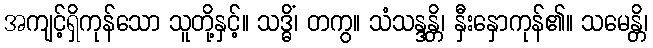
အကျင့်ရှိကုန်သော သူတို့နှင့်။ သဒ္ဓိံ၊ တကွ။ သံသန္ဒန္တိ၊ နှီးနှောကုန်၏။ သမေန္တိ၊